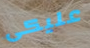
عليكى